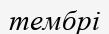
тембрі